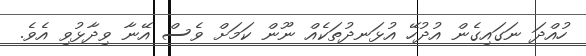
ހުއްދަ ނަގައިގެން އުދުހޭ އުޅަނދުތަކެއް ނޫން ކަމަށް ވެސް އޭނާ ވިދާޅުވި އެވެ.